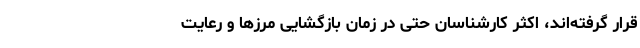
قرار گرفته‌اند، اکثر کارشناسان حتی در زمان بازگشایی مرزها و رعایت